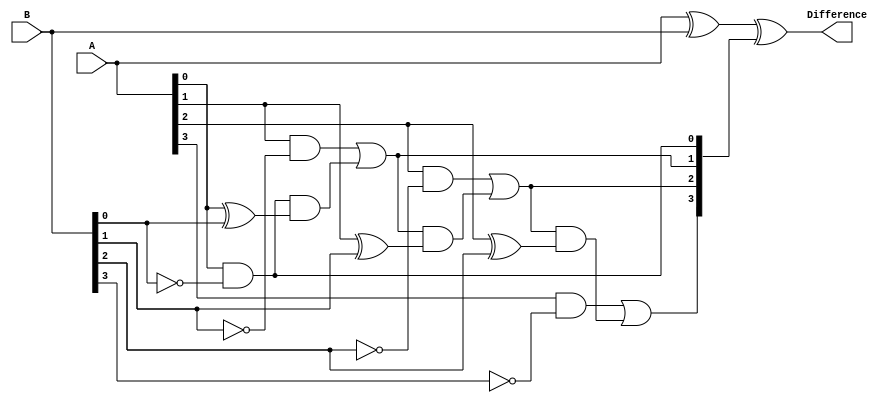
module subtractor (
    input [3:0] A, B,
    output [3:0] Difference
);

wire [3:0] X, Y, G, P;

assign X = A ^ B;
assign Y = A & B;
assign G[0] = A[0] & ~B[0];
assign P[0] = A[0] ^ B[0];

assign G[1] = (A[1] & ~B[1]) | (G[0] & P[0]);
assign P[1] = A[1] ^ B[1];

assign G[2] = (A[2] & ~B[2]) | (G[1] & P[1]);
assign P[2] = A[2] ^ B[2];

assign G[3] = (A[3] & ~B[3]) | (G[2] & P[2]);
assign P[3] = A[3] ^ B[3];

assign Difference = X ^ G;
// Note: Borrow signals can be computed using the G and P signals if needed

endmodule